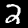
Label: 2